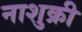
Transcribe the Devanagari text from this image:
नाशुक्री